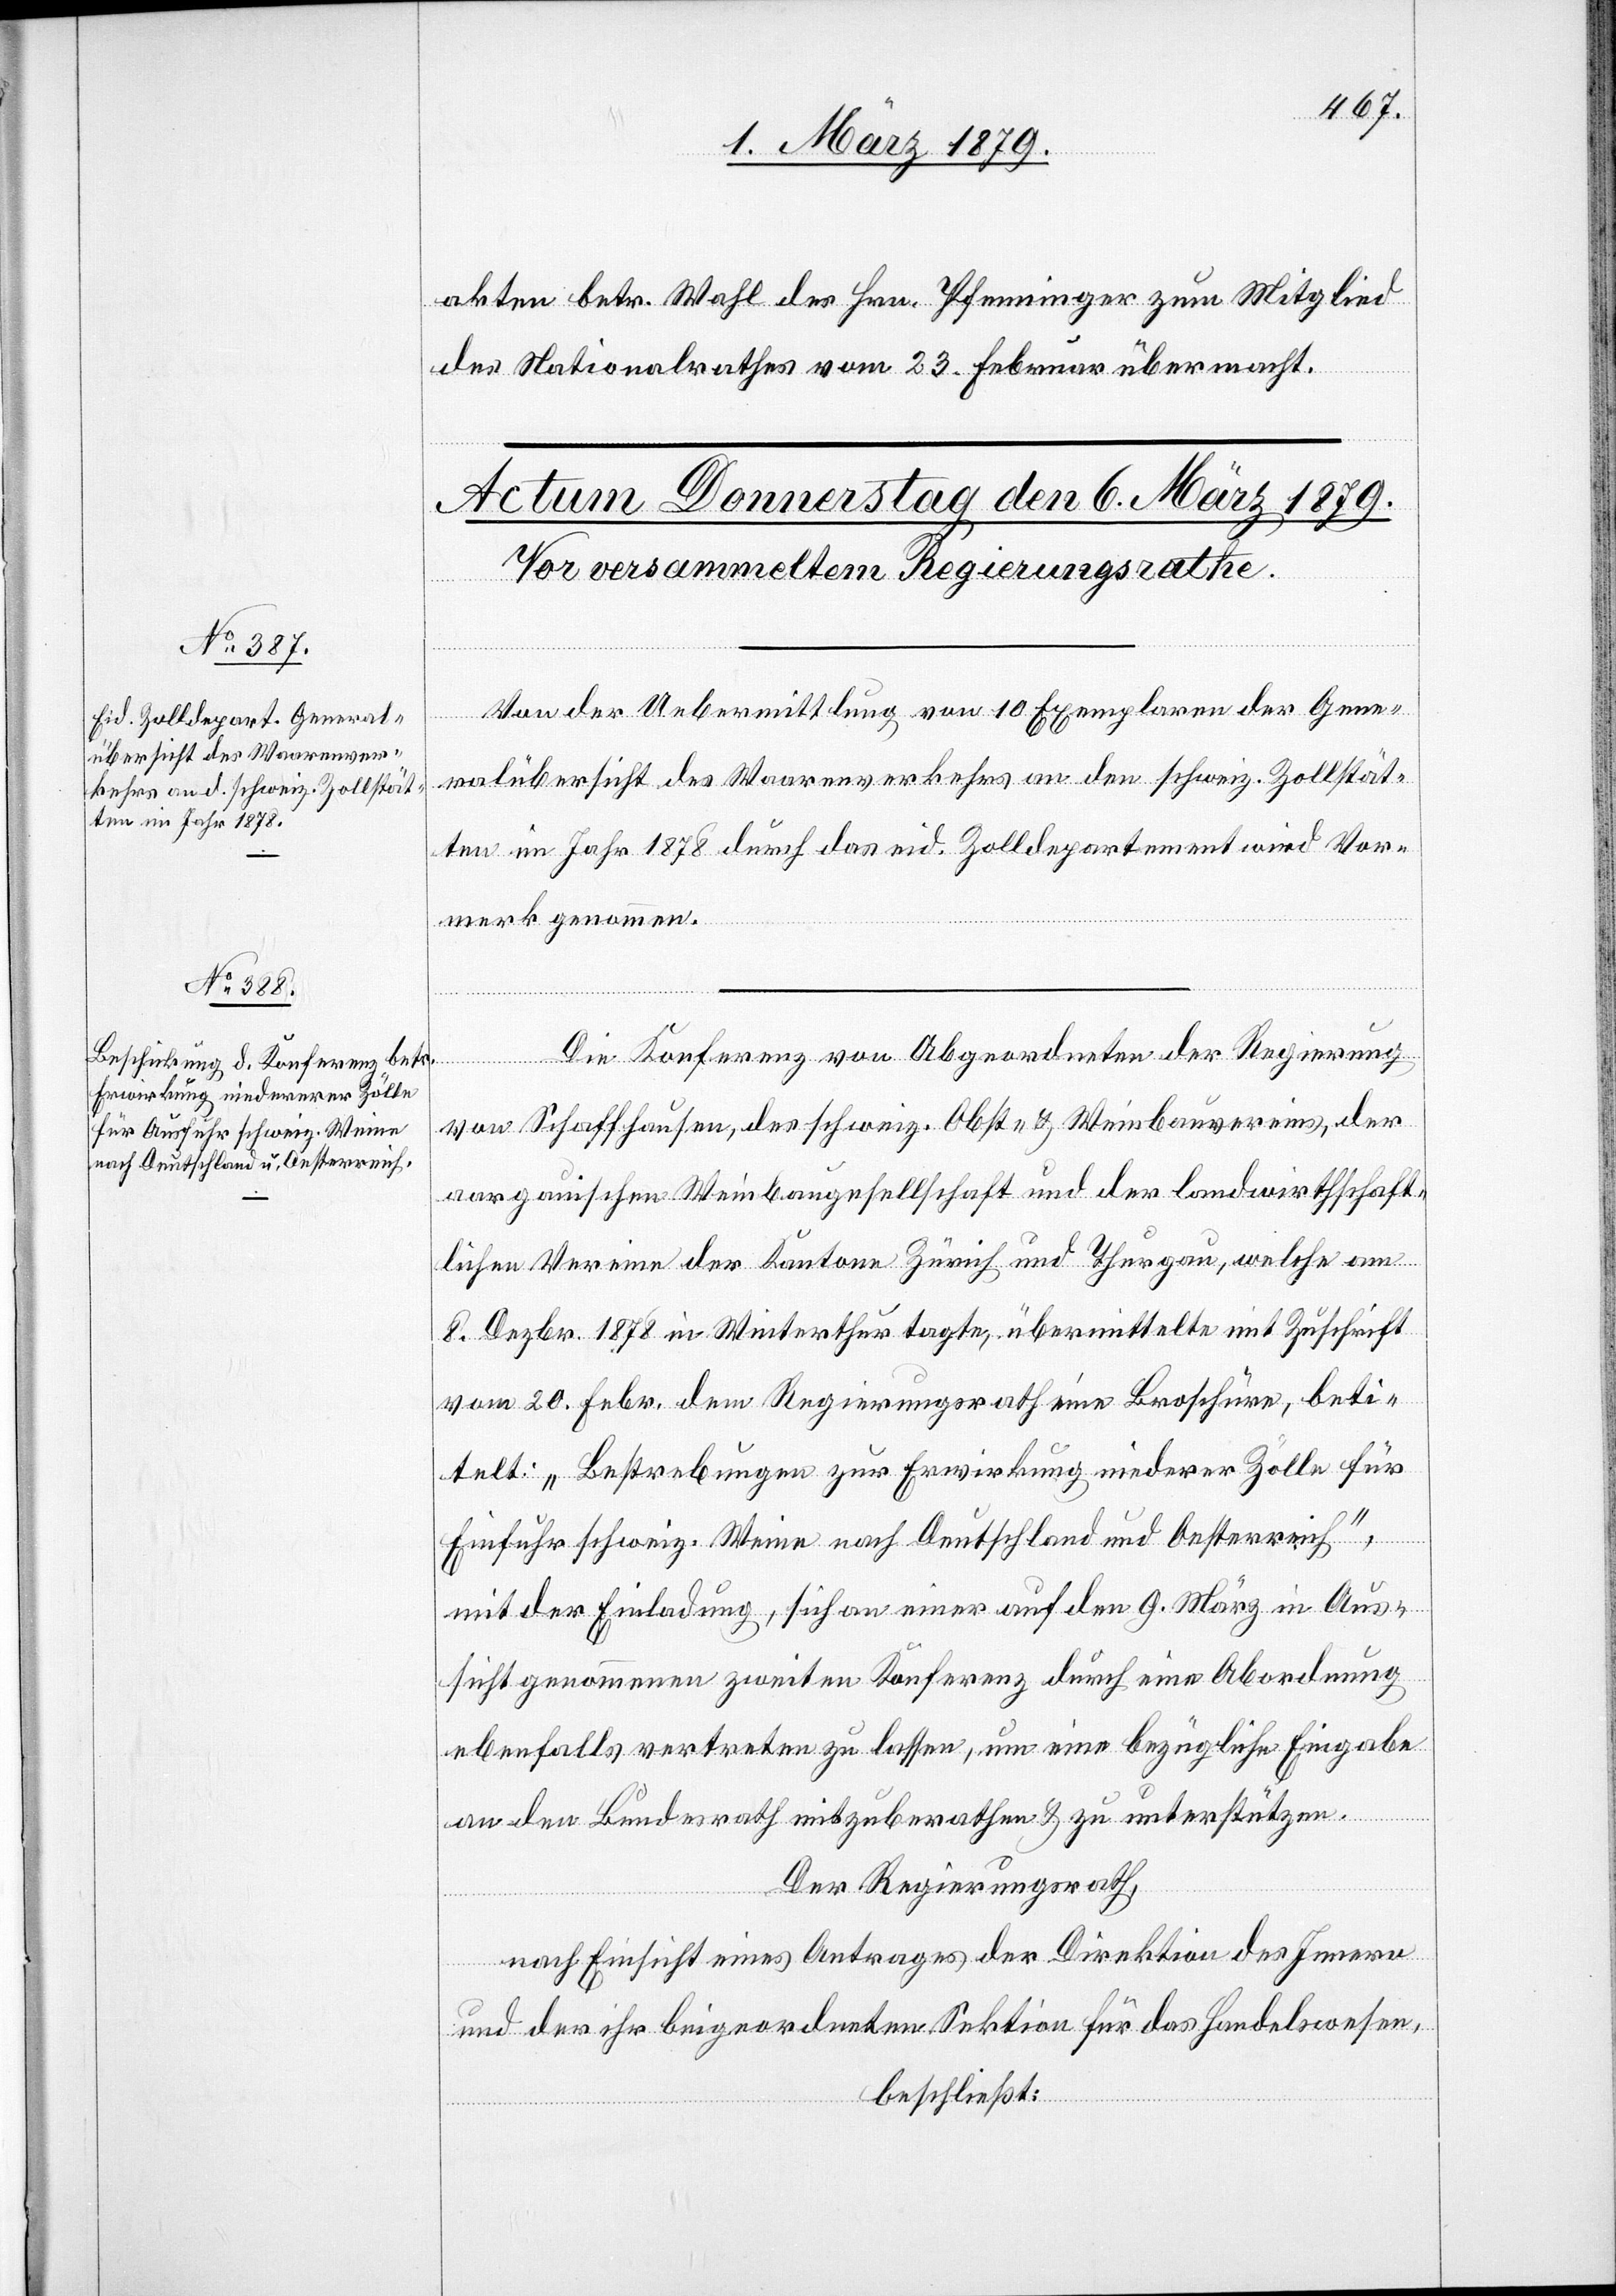
akten betr. Wahl des Hrn. Pfenninger zum Mitglied
des Nationalrathes vom 23. Februar übermacht.
Von der Uebermittlung von 10 Exemplaren der Gene¬
ralübersicht des Waarenverkehrs an den schweiz. Zollstät¬
ten im Jahr 1878 durch das eid. Zolldepartement wird Vor¬
merk genommen.
Die Konferenz von Abgeordneten der Regierung
von Schaffhausen, des schweiz. Obst- & Weinbauvereins, der
aargauischen Weinbaugesellschaft und der landwirthschaft¬
lichen Vereine der Kantone Zürich und Thurgau, welche am
8. Dezbr. 1878 in Winterthur tagte, übermittelte mit Zuschrift
vom 20. Febr. dem Regierungsrath eine Broschüre, beti¬
telt: „Bestrebungen zur Erwirkung niederer Zölle für
Einfuhr schweiz. Weine nach Deutschland und Oesterreich“,
mit der Einladung, sich an einer auf den 9. März in Aus¬
sicht genommenen zweiten Konferenz durch eine Abordnung
ebenfalls vertreten zu lassen, um eine bezügliche Eingabe
an den Bundesrath mitzuberathen & zu unterstützen.
Der Regierungsrath,
nach Einsicht eines Antrages der Direktion des Innern
und der ihr beigeordneten Sektion für das Handelswesen,
beschließt: